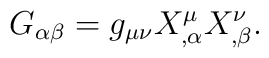
G_{\alpha\beta}=g_{\mu\nu}X^\mu_{,\alpha} X^\nu_{,\beta}.